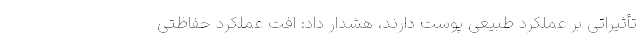
تأثیراتی بر عملکرد طبیعی پوست دارند، هشدار داد: افت عملکرد حفاظتی